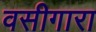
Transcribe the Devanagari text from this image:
वसीगारा